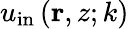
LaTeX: u_{\mathrm{in}}\left(\mathbf{r},z;k\right)